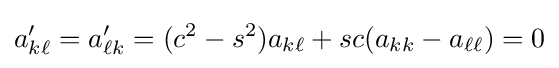
a'_{k\ell }=a'_{\ell k}=(c^{2}-s^{2})a_{k\ell }+sc(a_{kk}-a_{\ell \ell })=0\,\!